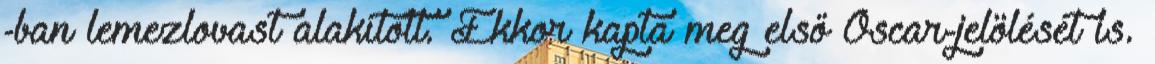
-ban lemezlovast alakított. Ekkor kapta meg első Oscar-jelölését is.